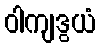
ဝါကျဒွယံ